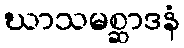
ဃာသမစ္ဆာဒနံ